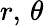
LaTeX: r,\, \theta